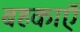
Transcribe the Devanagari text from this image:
बहकाएॅ